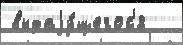
выдаjу́щегос'я